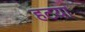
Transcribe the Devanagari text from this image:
हटया